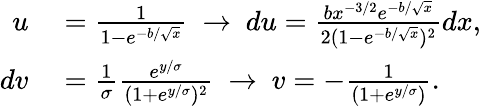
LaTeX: \begin{array}{rl}{u}&{{}=\frac{1}{1-e^{-b/\sqrt{x}}}\ \rightarrow\ du=\frac{bx^{-3/2}e^{-b/\sqrt{x}}}{2(1-e^{-b/\sqrt{x}})^{2}}dx,}\\ {dv}&{{}=\frac{1}{\sigma}\frac{e^{y/\sigma}}{(1+e^{y/\sigma})^{2}}\ \rightarrow\ v=-\frac{1}{(1+e^{y/\sigma})}.}\end{array}